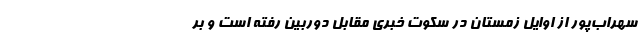
سهراب‌پور از اوایل زمستان در سکوت خبری مقابل دوربین رفته است و بر